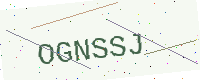
Text: OGNSSJ